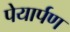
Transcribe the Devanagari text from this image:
पेयार्पण